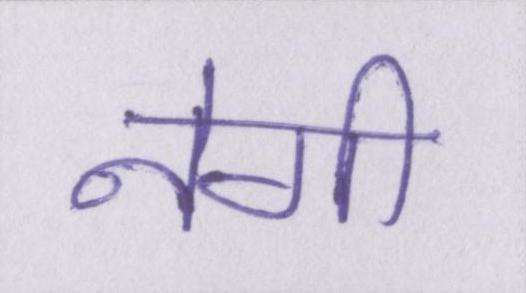
नेगी